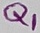
Text: Q1